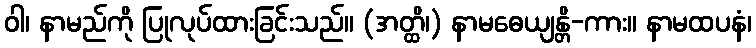
ဝါ၊ နာမည်ကို ပြုလုပ်ထားခြင်းသည်။ (အတ္ထိ၊) နာမဓေယျန္တိ-ကား။ နာမထပနံ၊